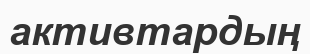
активтардың